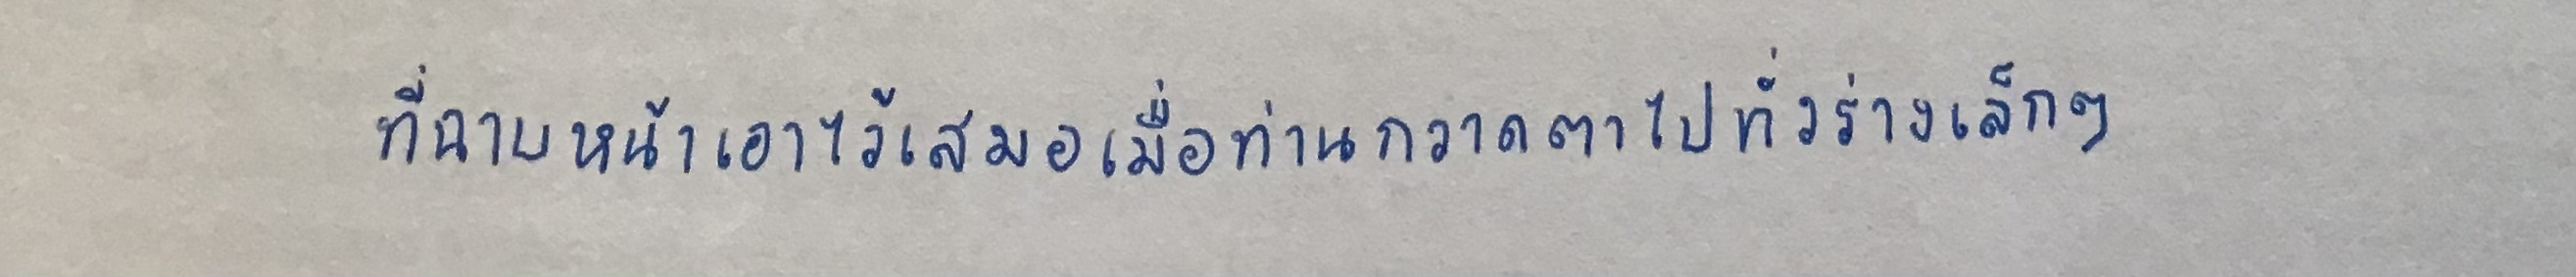
ที่ฉาบหน้าเอาไว้เสมอเมื่อท่านกวาดตาไปทั่วร่างเล็กๆ